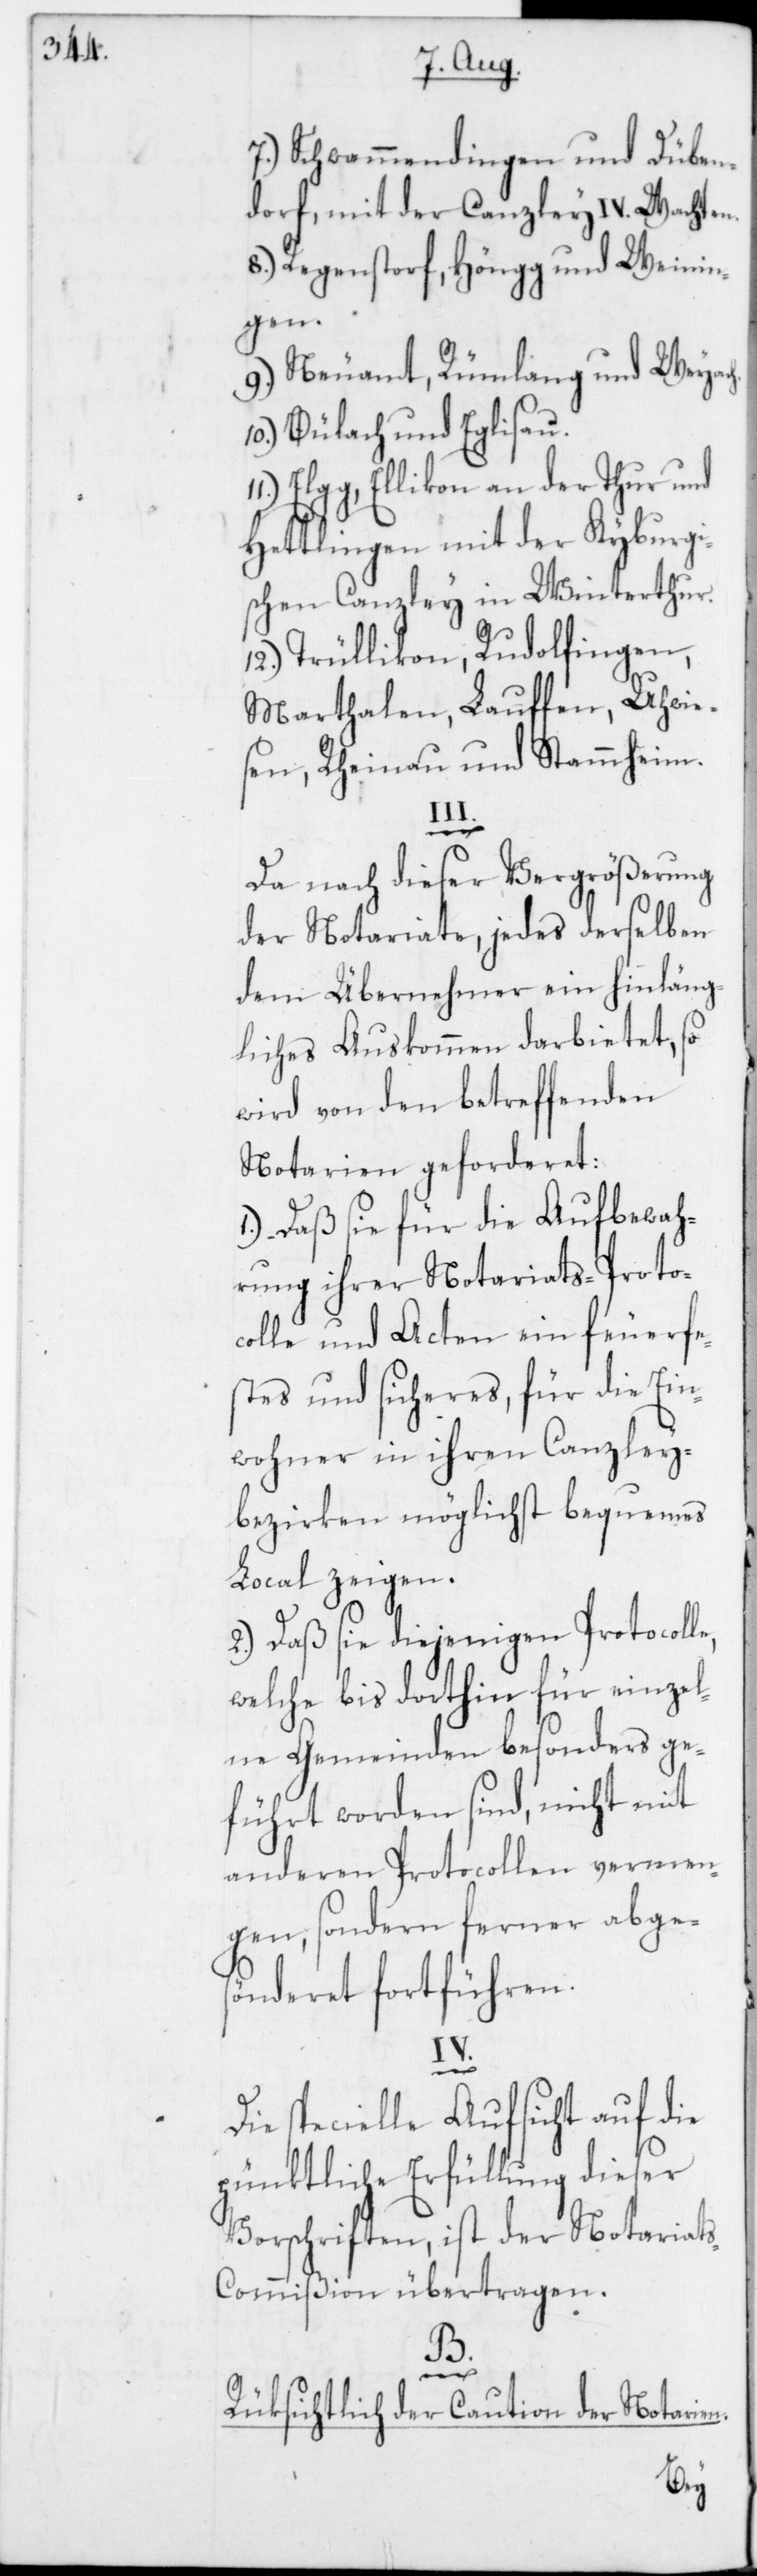
7. Schwammendingen und Düben¬
dorf, mit der Canzley IV. Wachten.
8. Regenstorf, Höngg und Weinin¬
gen.
9. Neuamt, Rümlang und Weyac¬
10. Bülach und Eglisau.
Elgg, Ellikon an der Thur und
Hettlingen mit der Kyburgi¬
schen Canzley in Winterthur.
12. Trüllikon, Rudolfingen,
Marthalen, Lauffen, Uhwie¬
sen, Rheinau und Stammheim.
III.
Da nach dieser Vergrößerung
der Notariate, jedes derselben
dem Übernehmer ein hinläng¬
liches Auskommen darbietet, so
wird von den betreffenden
Notarien geforderet:
a) Daß sie für die Aufbewah¬
rung ihrer Notariats-Protoc¬
olle und Acten ein feuerfe¬
stes und sicheres, für die Ein¬
wohner in ihren Canzley¬
bezirken möglichst bequemes
Local zeigen.
b) Daß sie diejenigen Protocoll¬
welche bis dorthin für einzel¬
ne Gemeinden besonders ge¬
führt worden sind, nicht mit
anderen Protocollen vermen¬
gen, sondern ferner abges¬
önderet fortführen.
IV.
Die specielle Aufsicht auf die
pünktliche Erfüllung dieser
Vorschriften ist der Notariat¬
s-Commißion übertragen.
e,
B.
n.
Rüksichtlich der Caution der Notarie¬